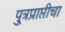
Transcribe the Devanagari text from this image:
पु्त्रप्राप्तीचा